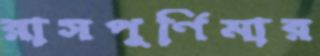
রাসপূর্ণিমার